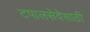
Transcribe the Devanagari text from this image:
टपालसेवेसाठी